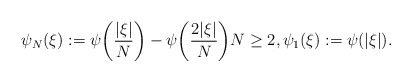
\begin{align*} \psi_N(\xi) := \psi\biggl(\frac{|\xi|}{N}\biggr) - \psi\biggl(\frac{2|\xi|}{N}\biggr) N\geq 2,\psi_1(\xi) := \psi(|\xi|).\end{align*}